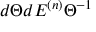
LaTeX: \l { d \Theta \o d \l } E ^ { ( n ) } { \Theta } ^ { - 1 }